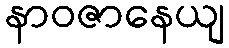
နာဝဇာနေယျ